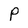
Character: P